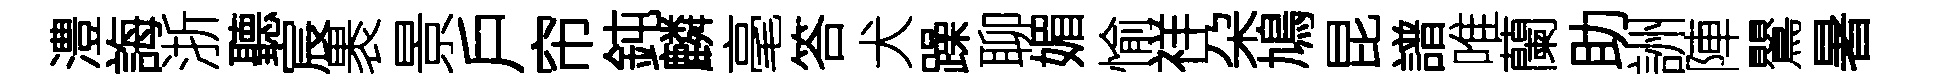
澧誨浙聽宸褁景戶帘鈍麟毫答犬躁聊媚愉祥朶鳩昆譜唯蘭助詶陣鸎暑